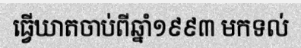
ធ្វើឃាតចាប់ពីឆ្នាំ១៩៩៣ មកទល់